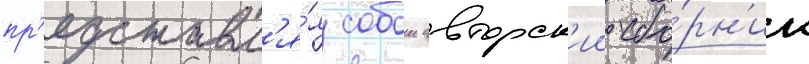
пр'едставл'я́я собои авторск'ии сбо́рн'ик